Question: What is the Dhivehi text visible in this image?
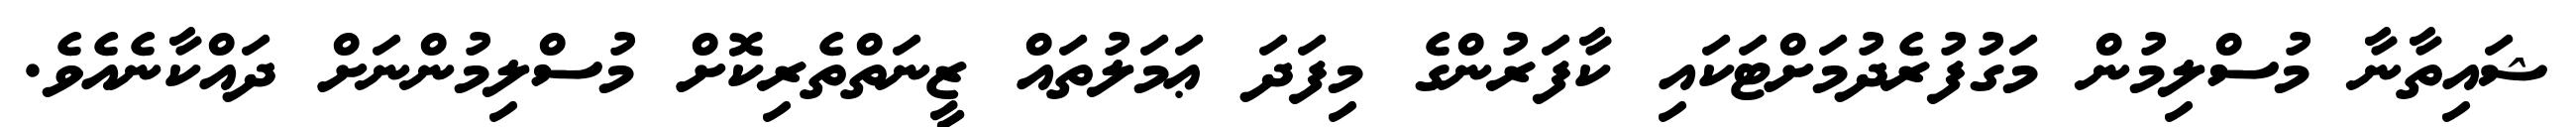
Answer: ޝައިތާނާ މުސްލިމުން މަގުފުރެދުމަށްޓަކައި ކާފަރުންގެ މިފަދަ ޢަމަލުތައް ޒީނަތްތެރިކޮށް މުސްލިމުންނަށް ދައްކާނެއެވެ.